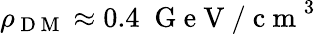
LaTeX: \rho_{\mathrm{~D~M~}}\approx 0.4\; \mathrm{~G~e~V~/~c~m~}^{3}